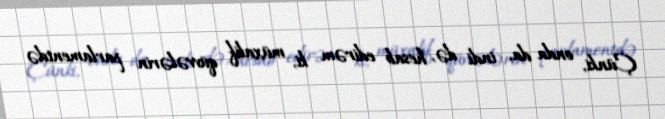
Çünki, onda da, indi də, hesab edirəm ki, müxalif qüvvələrin parlamentdə